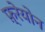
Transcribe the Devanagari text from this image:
फ़्रेयोन